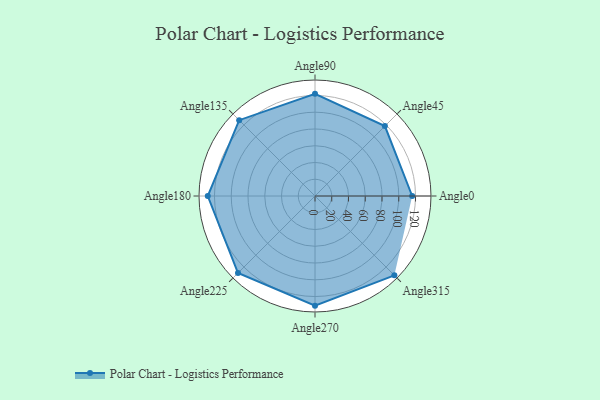
{"axis": {"x": "Angle", "y": "Radius"}, "legend": [""], "data": [{"x": "Angle0", "y": 116.0, "type": ""}, {"x": "Angle45", "y": 118.0, "type": ""}, {"x": "Angle90", "y": 122.0, "type": ""}, {"x": "Angle135", "y": 128.0, "type": ""}, {"x": "Angle180", "y": 128.0, "type": ""}, {"x": "Angle225", "y": 130.0, "type": ""}, {"x": "Angle270", "y": 131.0, "type": ""}, {"x": "Angle315", "y": 134.0, "type": ""}]}